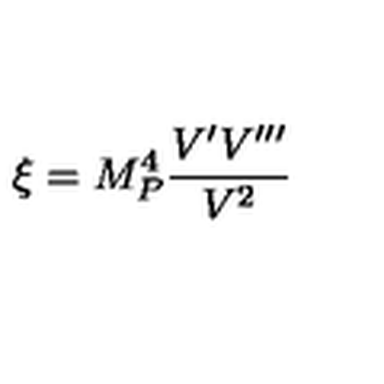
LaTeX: \xi = M _ { P } ^ { 4 } \frac { V ^ { \prime } V ^ { \prime \prime \prime } } { V ^ { 2 } }